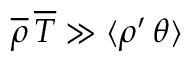
\overline { { \rho } } \, \overline { { T } } \gg \langle \rho ^ { \prime } \, \theta \rangle